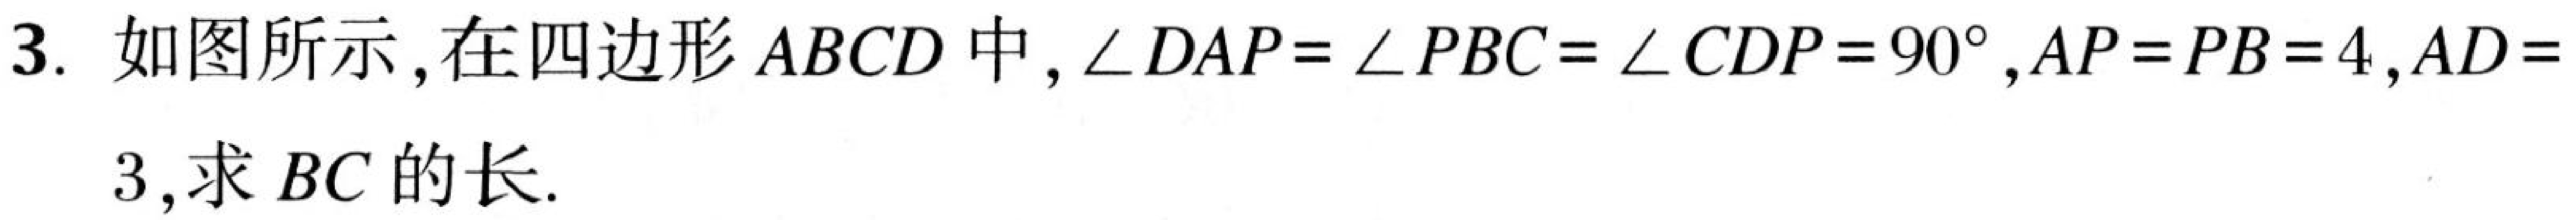
3. 如图所示，在四边形\(ABCD\)中，\(\angle DAP=\angle PBC = \angle CDP = 90^{\circ}\)，\(AP = PB = 4\)，\(AD = 3\)，求 \(BC\) 的长.